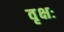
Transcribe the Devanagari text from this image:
वृक्षः